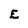
Character: E